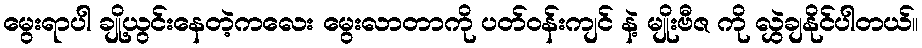
မွေးရာပါ ချို့ယွင်းနေတဲ့ကလေး မွေးလာတာကို ပတ်ဝန်းကျင် နဲ့ မျိုးဗီဇ ကို လွှဲချနိုင်ပါတယ်။